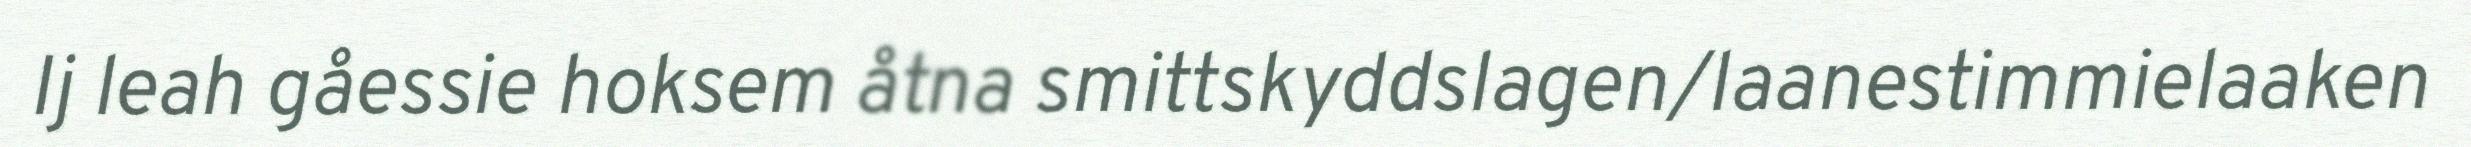
Ij leah gåessie hoksem åtna smittskyddslagen/laanestimmielaaken